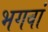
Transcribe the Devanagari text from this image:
भगवां